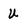
Character: U